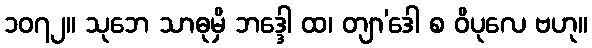
၁၀၇၂။ သုဘေ သာဓုမှိ ဘဒ္ဒေါ ထ၊ တျာ’ဒေါ စ ဝိပုလေ ဗဟု။